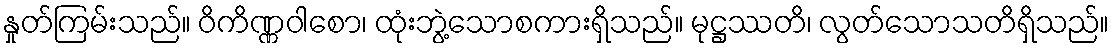
နှုတ်ကြမ်းသည်။ ဝိကိဏ္ဏဝါစော၊ ထုံးဘွဲ့သောစကားရှိသည်။ မုဋ္ဌဿတိ၊ လွတ်သောသတိရှိသည်။